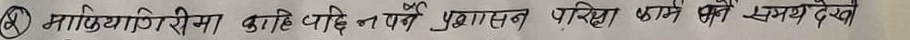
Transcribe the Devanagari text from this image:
(A) माझियागी सीमा कहिल्यै नपर्ने प्रशासन परिक्षणका लागि समय देख